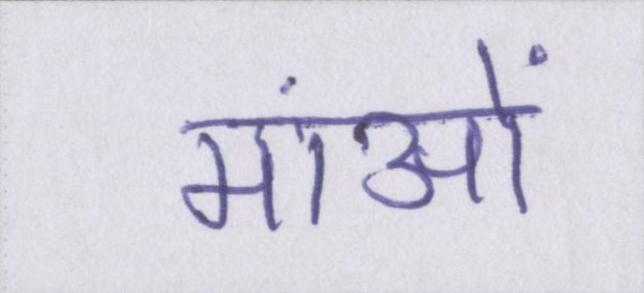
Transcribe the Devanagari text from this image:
मांओं